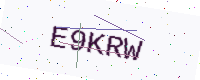
Text: E9KRW